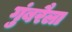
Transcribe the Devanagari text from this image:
गुंबरैला